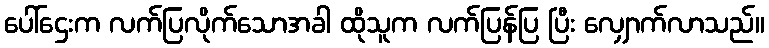
ပေါ်ဌေးက လက်ပြလိုက်သောအခါ ထိုသူက လက်ပြန်ပြ ပြီး လျှောက်လာသည်။